Vaccine operations Central Provinces & Berar 1922-1929 - 1922-1929
Year: 1922
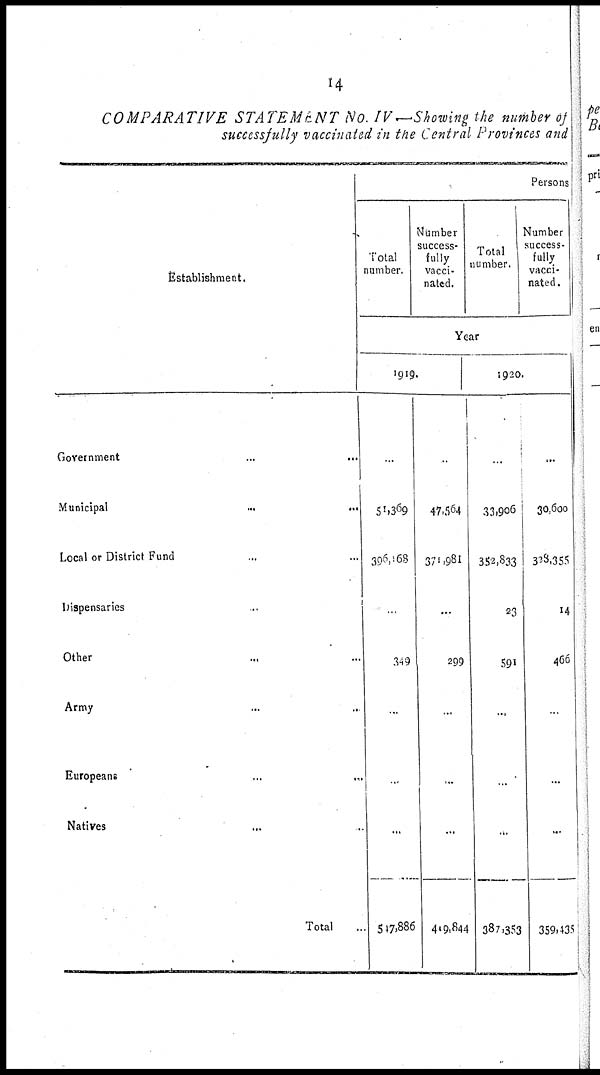
14
COMPARATIVE STATEMENT No. IV—Showing the number of
successfully vaccinated in the Central Provinces and
Establishment.
Government... ...
Municipal...
...
Local or District Fund... ...
Dispensaries... ...
Other... ...
Army... ...
Europeans...
...
Natives... ...
Total..
Persons
Total
number.
Number
success-
fully
vacci-
nated.
Total
number.
Number
success-
fully
vacci-
nated .
Year
1919.
...
51,369
396,168
...
349
...
...
...
547,886
...
47,564
371,981
...
299
...
...
...
419,844
1920.
...
33,906
352,833
23
591
...
...
...
387,353
...
30,600
323,355
14
466
...
...
...
359,435